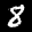
Label: 8